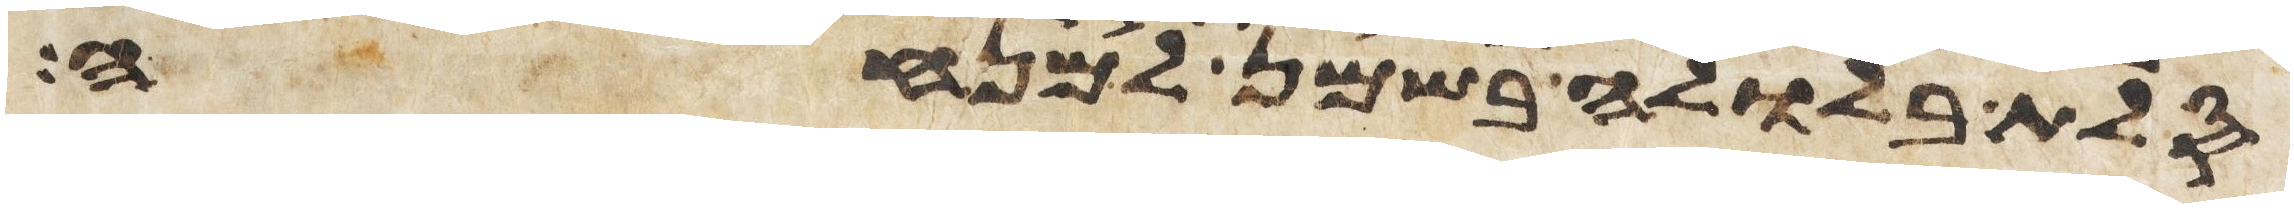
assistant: סלת בלולה בשמן למנחה